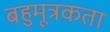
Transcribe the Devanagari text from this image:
बहुमूत्रकता